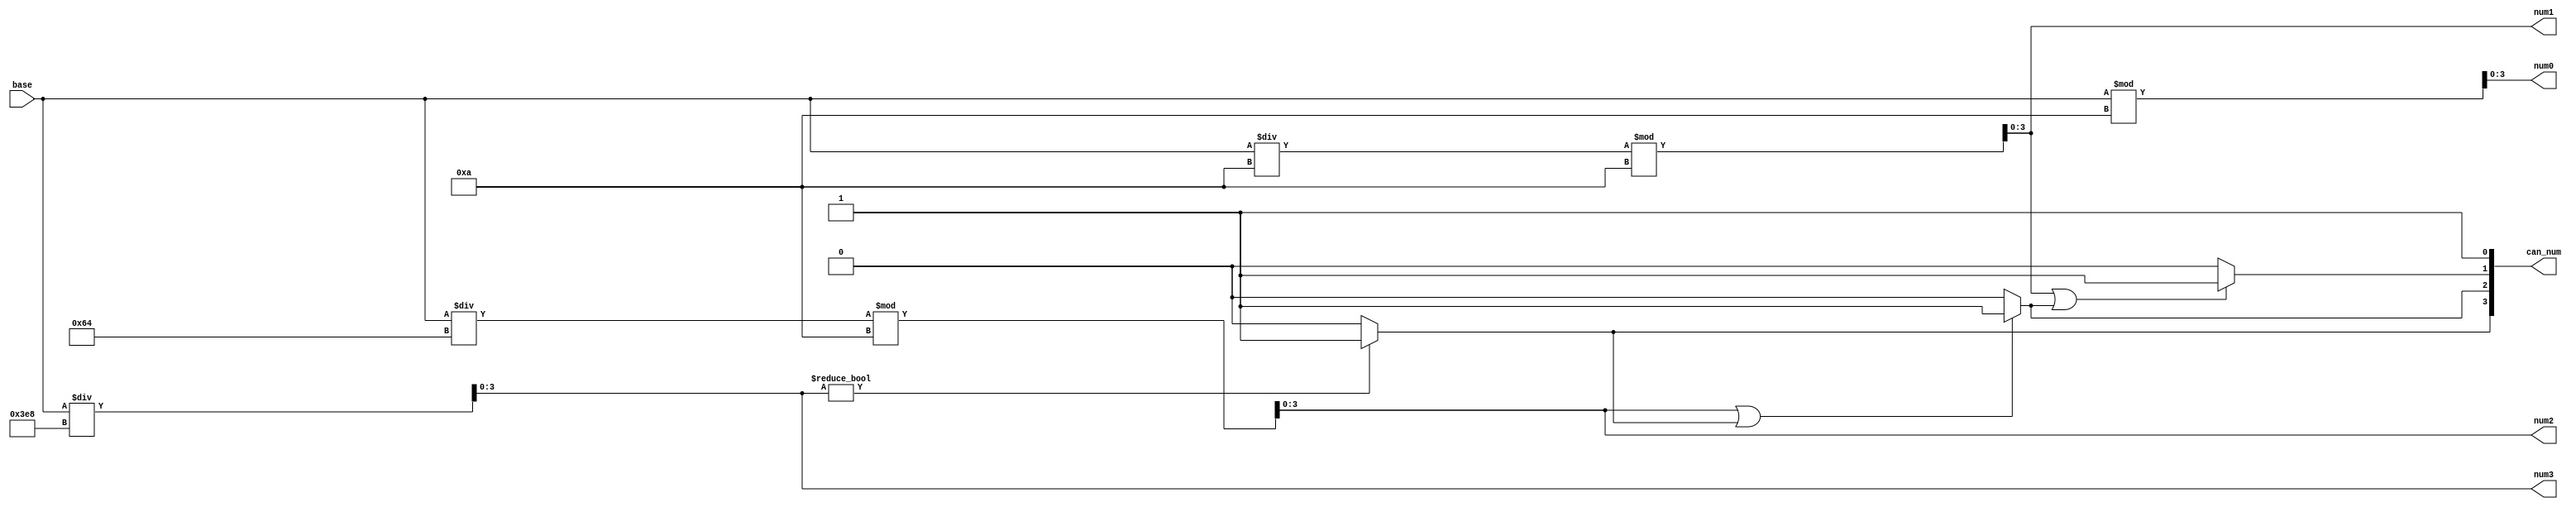
module number(
	input wire [12:0] base,
	output wire [3:0] num0, num1, num2, num3,
	output reg [3:0] can_num
    );

	assign num0 = base % 10;
	assign num1 = base / 10 % 10;
	assign num2 = base / 100 % 10;
	assign num3 = base / 1000;
	
	always begin
		can_num[3] = num3 ? 1'b1 : 1'b0;
		can_num[2] = num2 || can_num[3] ? 1'b1 : 1'b0;
		can_num[1] = num1 || can_num[2] ? 1'b1 : 1'b0;
		can_num[0] = 1'b1;
	end
	
endmodule